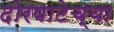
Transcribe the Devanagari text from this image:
दोरवाटेच्या